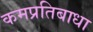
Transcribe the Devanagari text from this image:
कमप्रतिबाधा